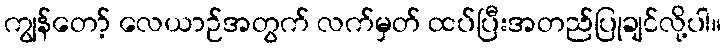
ကျွန်တော့် လေယာဉ်အတွက် လက်မှတ် ထပ်ပြီးအတည်ပြုချင်လို့ပါ။